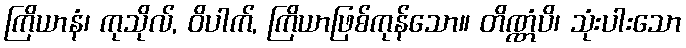
ကြိယာနံ၊ ကုသိုလ်, ဝိပါက်, ကြိယာဖြစ်ကုန်သော။ တိဏ္ဏံပိ၊ သုံးပါးသော